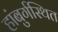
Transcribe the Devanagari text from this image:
हांबुर्गस्थित